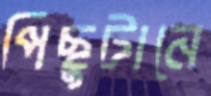
পিছুটানে